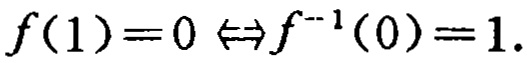
\(f(1)=0 \Leftrightarrow f^{-1}(0)=1\)